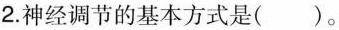
2.神经调节的基本方式是()。